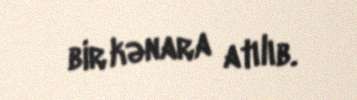
bir kənara atılıb.